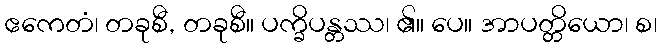
ဧကေတံ၊ တခုစီ, တခုစီ။ ပက္ခိပန္တဿ၊ ၏။ ပေ။ အာပတ္တိယော၊ စ၊